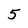
Character: 5